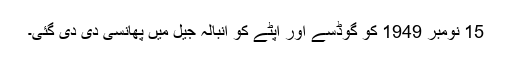
15 نومبر 1949 کو گوڈسے اور آپٹے کو انبالہ جیل میں پھانسی دی دی گئی۔